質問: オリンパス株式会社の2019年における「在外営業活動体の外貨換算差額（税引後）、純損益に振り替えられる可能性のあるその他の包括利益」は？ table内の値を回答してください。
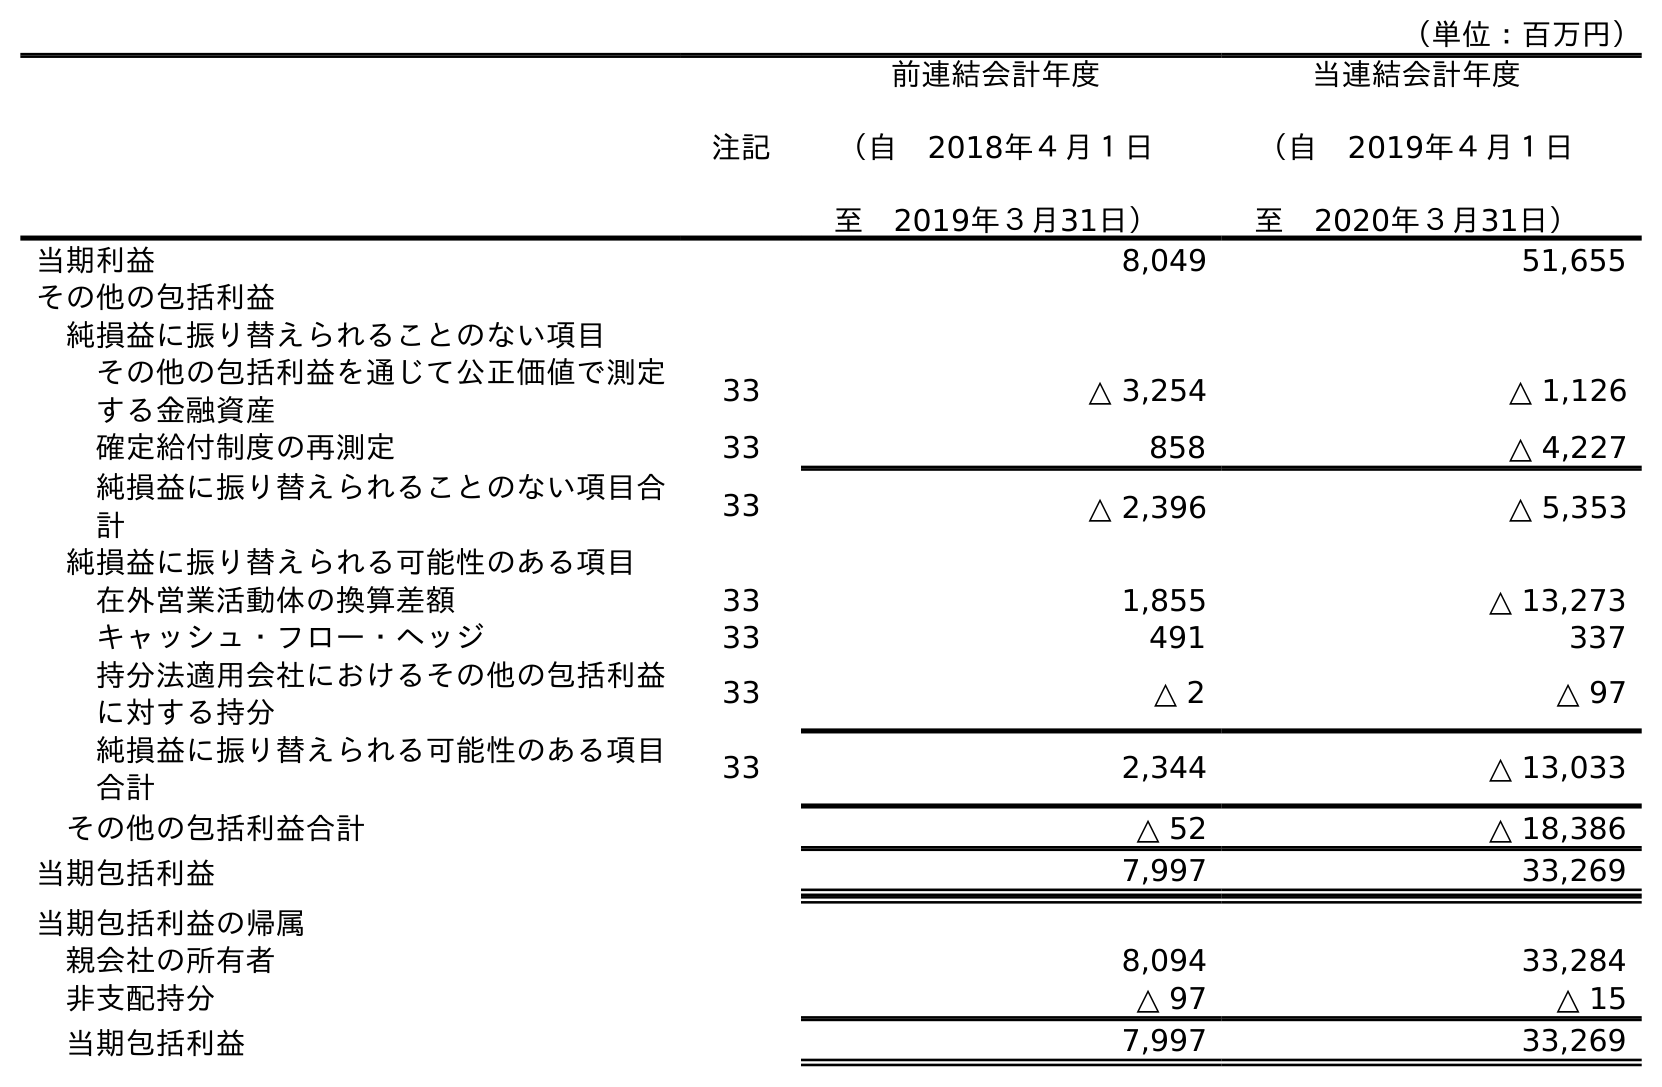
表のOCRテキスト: （単位：百万円） 注記 前連結会計年度 （自 2018年４月１日 至 2019年３月31日） 当連結会計年度 （自 2019年４月１日 至 2020年３月31日） 当期利益 8,049 51,655 その他の包括利益 純損益に振り替えられることのない項目 その他の包括利益を通じて公正価値で測定 する金融資産 33 △ 3,254 △ 1,126 確定給付制度の再測定 33 858 △ 4,227 純損益に振り替えられることのない項目合 計 33 △ 2,396 △ 5,353 純損益に振り替えられる可能性のある項目 在外営業活動体の換算差額 33 1,855 △ 13,273 キャッシュ・フロー・ヘッジ 33 491 337 持分法適用会社におけるその他の包括利益 に対する持分 33 △ 2 △ 97 純損益に振り替えられる可能性のある項目 合計 33 2,344 △ 13,033 その他の包括利益合計 △ 52 △ 18,386 当期包括利益 7,997 33,269 当期包括利益の帰属 親会社の所有者 8,094 33,284 非支配持分 △ 97 △ 15 当期包括利益 7,997 33,269
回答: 1,855